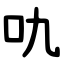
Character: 㕤